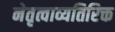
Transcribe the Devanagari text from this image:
नेतृत्वाव्यतिरिक्त